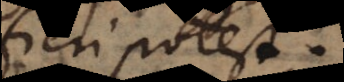
fieri potest.